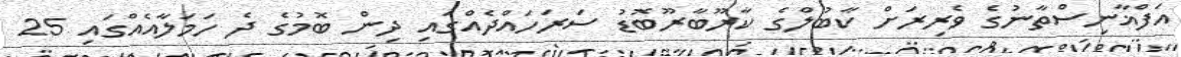
އަފްޣާނިސްތާނުގެ ވެރިރަށް ކާބުލްގެ ކާރޫބާރޫބޮޑު ސަރަހައްދެއްގައި ދިން ބޮމުގެ ދެ ހަމަލާއެއްގައި 25